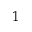
1 ^ { \circ }